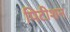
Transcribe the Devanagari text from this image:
पिटीशन